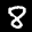
Label: 8